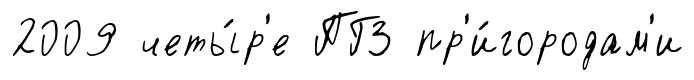
2009 четы́р'е ПГЗ пр'и́городам'и